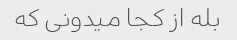
بله از کجا میدونی که